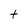
Character: t